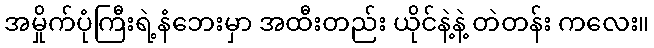
အမှိုက်ပုံကြီးရဲ့နံဘေးမှာ အထီးတည်း ယိုင်နဲ့နဲ့ တဲတန်း ကလေး။